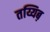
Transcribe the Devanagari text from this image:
तय्यिब़